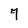
Character: 7